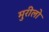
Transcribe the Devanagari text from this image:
मुरीलो